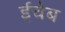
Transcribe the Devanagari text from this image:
ईचेब